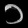
Digit: ၁